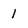
Character: 1